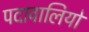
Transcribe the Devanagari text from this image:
पदावालियों